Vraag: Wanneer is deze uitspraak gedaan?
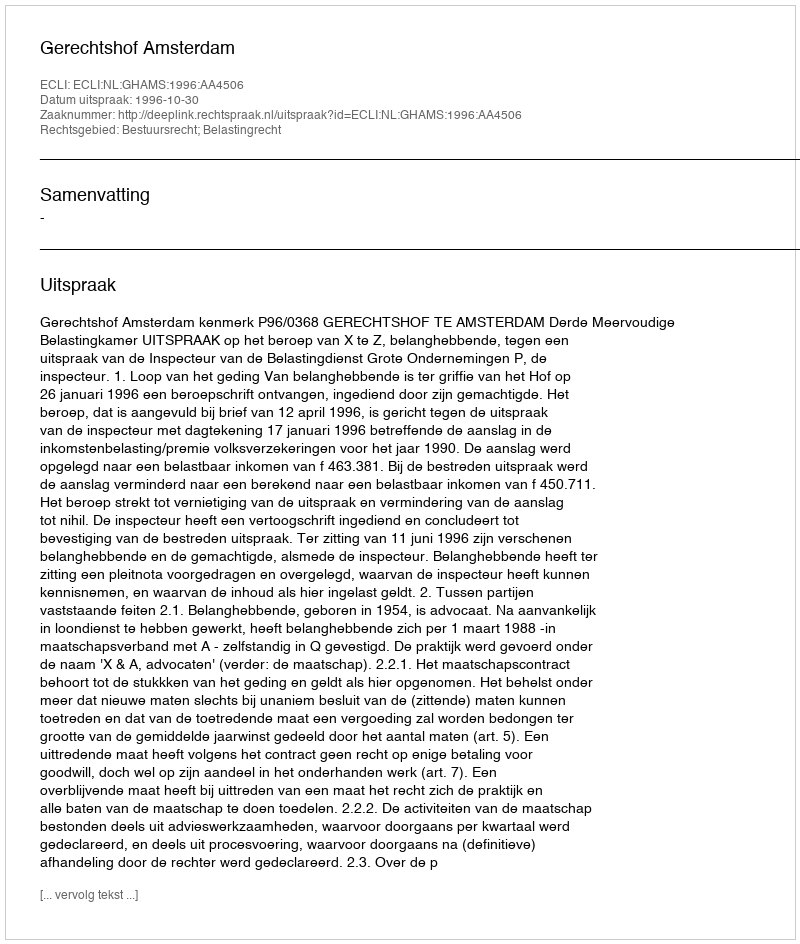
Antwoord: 1996-10-30